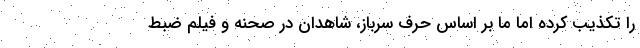
را تکذیب کرده اما ما بر اساس حرف سرباز، شاهدان در صحنه و فیلم ضبط